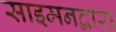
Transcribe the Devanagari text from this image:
साइमनद्वारा